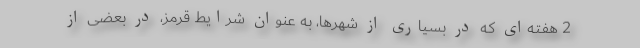
2 هفته‌ای که در بسیاری از شهرها، به عنوان شرایط قرمز، در بعضی‌ از